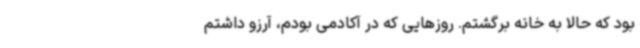
بود که حالا به خانه برگشتم. روزهایی که در آکادمی بودم، آرزو داشتم